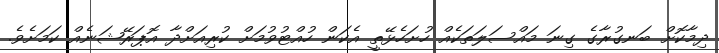
ދިމާކޮށް ބަނގުރާގެ ގިނަ މައްސަލަތަކެއް ހުށަހެޅޭތީ އެކަން ހުއްޓުވުމަށް ކުރިއަށްދާ އޮޕަރޭޝަނެއް ކަމަށެވެ.